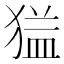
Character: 𱮎